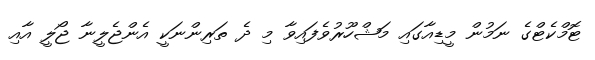
ޓޮމްކެޓްގެ ނަމުން މީޑިއާގައި މަޝްހޫރުވެފައިވާ މި ދެ ތަރިންނަކީ އެންޖެލީނާ ޖޯލީ އާއި